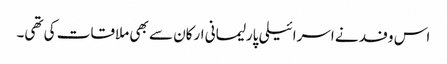
اس وفد نے اسرائیلی پارلیمانی ارکان سے بھی ملاقات کی تھی۔